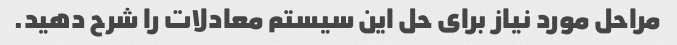
مراحل مورد نیاز برای حل این سیستم معادلات را شرح دهید.